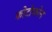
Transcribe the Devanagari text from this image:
फोटोफोन